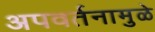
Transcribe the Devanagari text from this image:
अपवर्तनामुळे